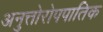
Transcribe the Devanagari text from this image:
अनुत्तोरोपपातिक